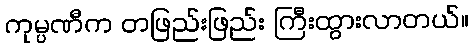
ကုမ္ပဏီက တဖြည်းဖြည်း ကြီးထွားလာတယ်။